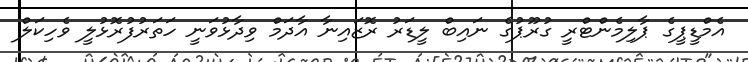
އެމްޑީޕީގެ ޕާލިމެންޓްރީ ގުރޫޕުގެ ނައިބް ލީޑަރު ރޮޒައިނާ އާދަމް ވިދާޅުވަނީ ހަތަރުފުރޮޅުލީ ވެހިކަލް